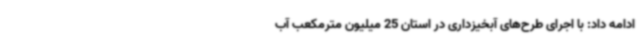
ادامه داد: با اجرای طرح‌های آبخیزداری در استان 25 میلیون مترمکعب آب